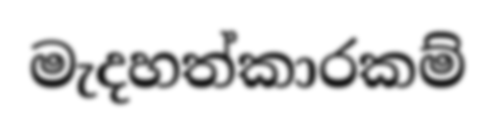
මැදහත්කාරකම්